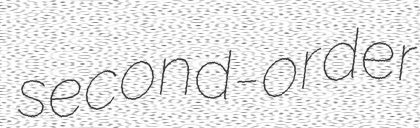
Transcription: second-order